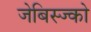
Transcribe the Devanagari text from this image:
जेबिस्ज्को